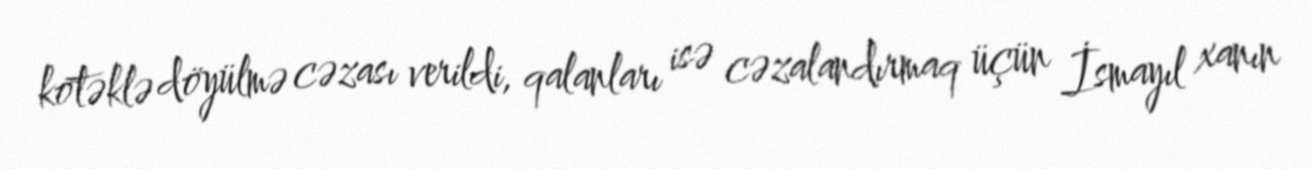
kötəklə döyülmə cəzası verildi, qalanları isə cəzalandırmaq üçün İsmayıl xanın